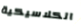
الكلاسيكية